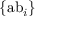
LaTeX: \{ { \mathrm { a b } } _ { i } \}